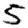
Digit: 5